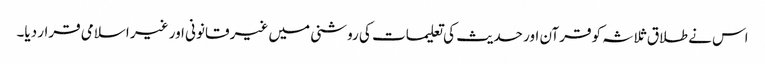
اس نے طلاق ثلاثہ کو قرآن اور حدیث کی تعلیمات کی روشنی میں غیر قانونی اور غیر اسلامی قرار دیا۔